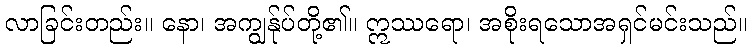
လာခြင်းတည်း။ နော၊ အကျွန်ုပ်တို့၏။ ဣဿရော၊ အစိုးရသောအရှင်မင်းသည်။